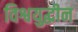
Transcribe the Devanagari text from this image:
विश्वयुद्धीन